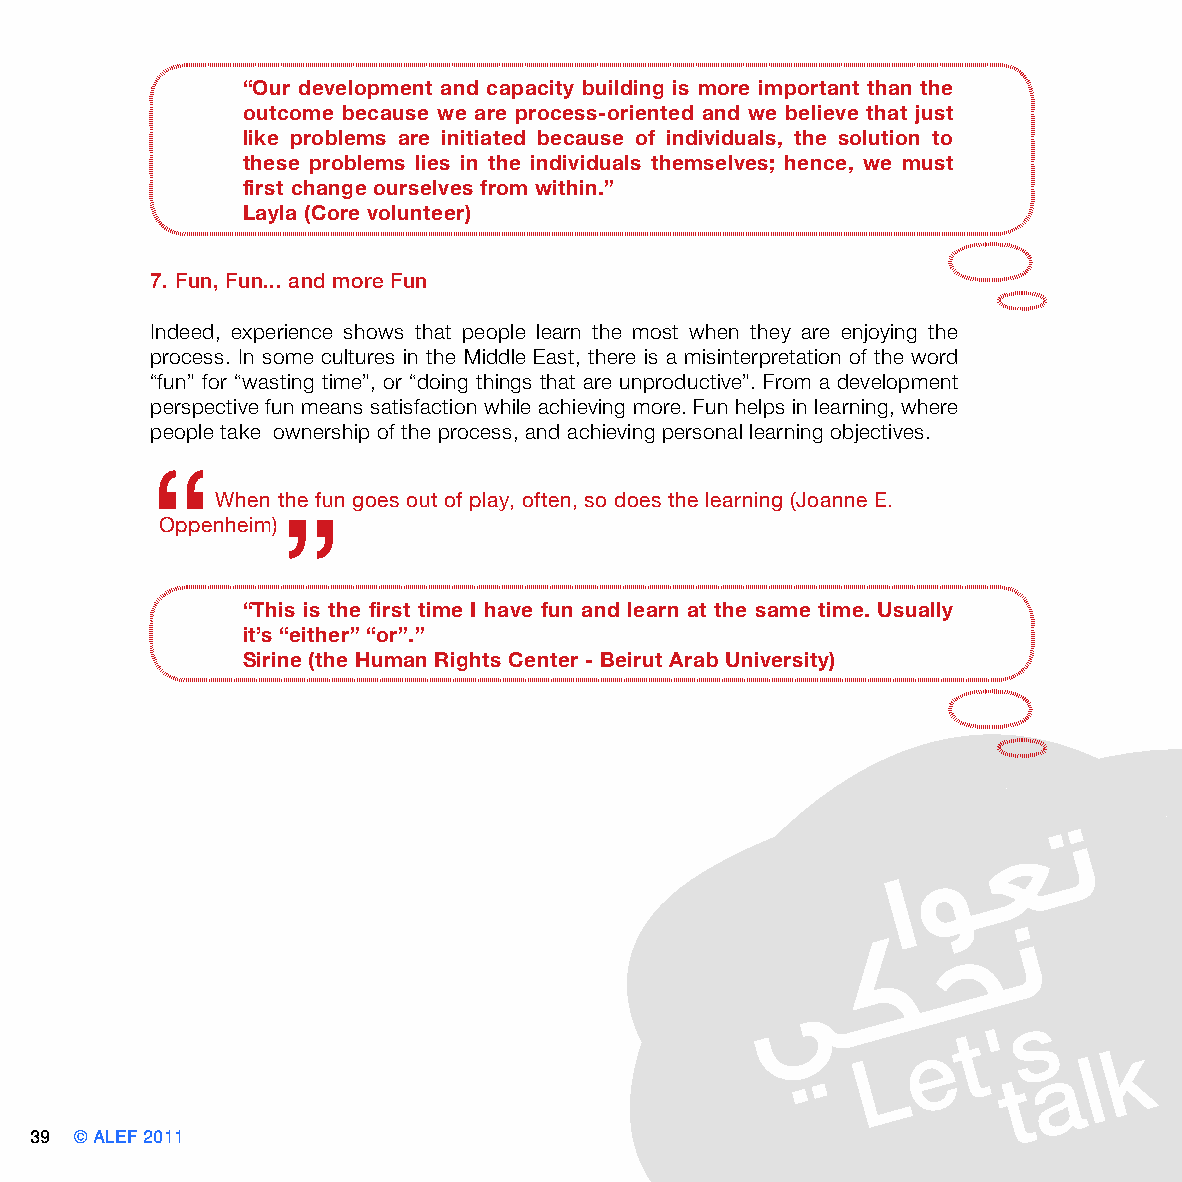
“Our development and capacity building is more important than the
 outcome because we are process-oriented and we believe that just
 like problems are initiated because of individuals, the solution to
 these problems lies in the individuals themselves; hence, we must
 first change ourselves from within.”
 Layla (Core volunteer)
 7. Fun, Fun... and more Fun
 Indeed, experience shows that people learn the most when they are enjoying the
 process. In some cultures in the Middle East, there is a misinterpretation of the word
 “fun” for “wasting time”, or “doing things that are unproductive”. From a development
 perspective fun means satisfaction while achieving more. Fun helps in learning, where
 people take ownership of the process, and achieving personal learning objectives.
 “
 When the fun goes out of play, often, so does the learning (Joanne E.
 ”
 Oppenheim)
 “This is the first time I have fun and learn at the same time. Usually
 it’s “either” “or”.”
 Sirine (the Human Rights Center - Beirut Arab University)
 39 © ALEF 2011